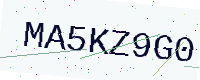
Text: MA5KZ9G0